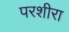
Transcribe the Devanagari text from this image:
परशीरा